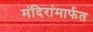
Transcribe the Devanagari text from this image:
मंदिरांमार्फत